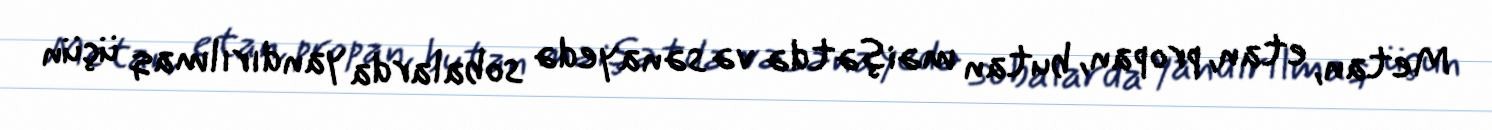
Metan, etan, propan, butan məişətdə və sənayedə sobalarda yandırılmaq üçün